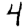
Digit: 4